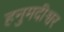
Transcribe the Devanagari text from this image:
हनुमदीश्वर